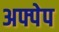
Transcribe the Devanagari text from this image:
अफ्पेप